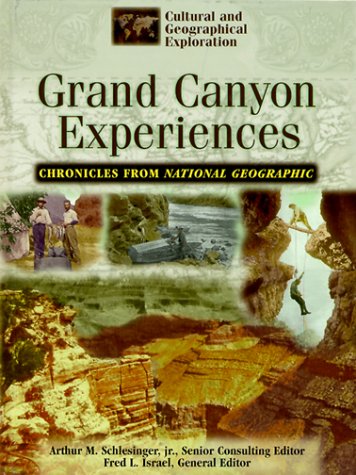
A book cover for Experiences in the Grand Canyon: Chronicles from the National Geographic Society (Cultural and Geographical Exploration); Teen & Young Adult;